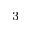
_ 3